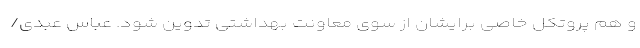
و هم پروتکل خاصی برایشان از سوی معاونت بهداشتی تدوین شود. عباس عبدی/